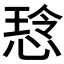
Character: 𫺡